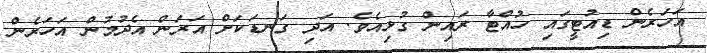
އަހަރެން ޑިއުޓީގައި ހުއްޓާ ރައިން ގުޅިއެވެ. އަދި ގަނޑަކަށް އަރަން އެދުމުން އަހަރެން